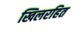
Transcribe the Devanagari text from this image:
खिलरहित